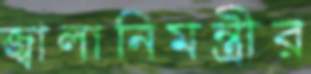
জ্বালানিমন্ত্রীর